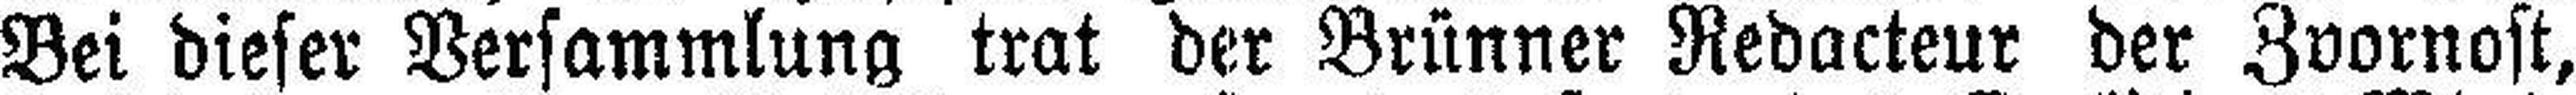
Bei dieser Versammlung trat der Brünner Redacteur der Zvornost,